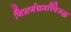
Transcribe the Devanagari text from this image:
निसर्गधर्माविरुद्ध